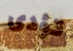
تؤدى